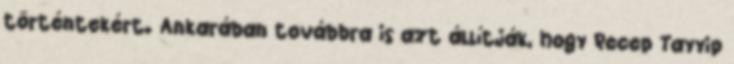
történtekért. Ankarában továbbra is azt állítják, hogy Recep Tayyip